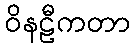
ဝိနဠီကတာ